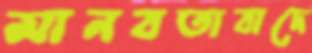
মানবতাবাদে